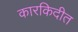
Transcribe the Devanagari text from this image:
कारकिदीत